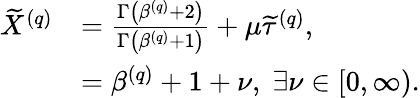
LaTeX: \begin{array}{rl}{\widetilde{X}^{\left(q\right)}}&{=\frac{\Gamma\left(\beta^{\left(q\right)}+2\right)}{\Gamma\left(\beta^{\left(q\right)}+1\right)}+\mu\widetilde{\tau}^{\left(q\right)},}\\ &{=\beta^{\left(q\right)}+1+\nu,\; \exists\nu\in\left[0,\infty\right).}\end{array}